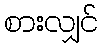
စားလျှင်